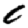
Digit: 0